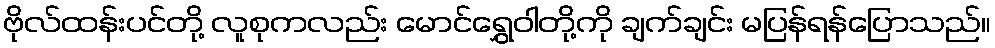
ဗိုလ်ထန်းပင်တို့ လူစုကလည်း မောင်ရွှေဝါတို့ကို ချက်ချင်း မပြန်ရန်ပြောသည်။